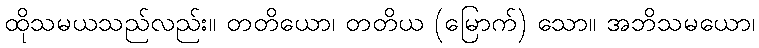
ထိုသမယသည်လည်း။ တတိယော၊ တတိယ (မြောက်) သော။ အဘိသမယော၊